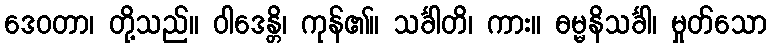
ဒေဝတာ၊ တို့သည်။ ဝါဒေန္တိ၊ ကုန်၏။ သင်္ခါတိ၊ ကား။ ဓမ္မနိသင်္ခါ၊ မှုတ်သော